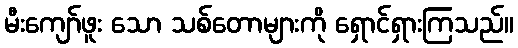
မီးကျော်ဖူး သော သစ်တောများကို ရှောင်ရှားကြသည်။